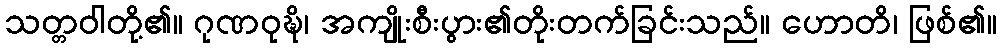
သတ္တဝါတို့၏။ ဂုဏဝုဍ္ဎိ၊ အကျိုးစီးပွား၏တိုးတက်ခြင်းသည်။ ဟောတိ၊ ဖြစ်၏။